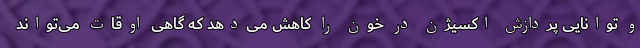
و توانایی پردازش اکسیژن در خون را کاهش می‌دهد که گاهی اوقات می‌تواند